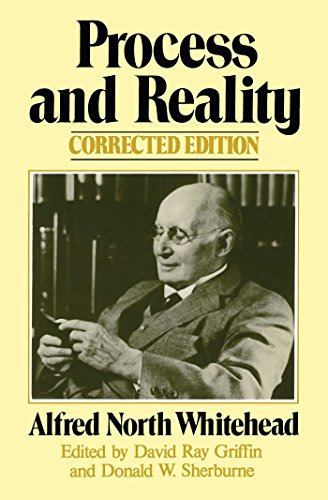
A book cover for Process and Reality (Gifford Lectures Delivered in the University of Edinburgh During the Session 1927-28); Alfred North Whitehead; Politics & Social Sciences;